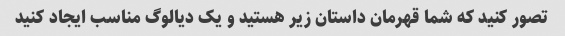
تصور کنید که شما قهرمان داستان زیر هستید و یک دیالوگ مناسب ایجاد کنید